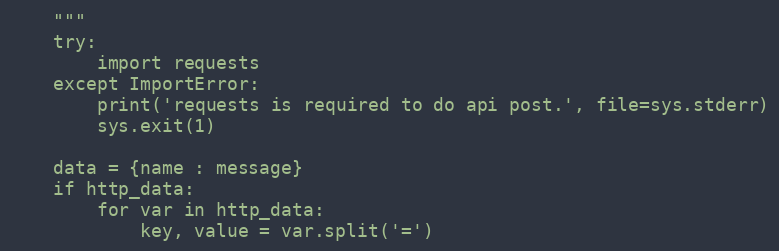
Language: Python
    """
    try:
        import requests
    except ImportError:
        print('requests is required to do api post.', file=sys.stderr)
        sys.exit(1)

    data = {name : message}
    if http_data:
        for var in http_data:
            key, value = var.split('=')